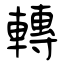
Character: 轉